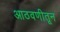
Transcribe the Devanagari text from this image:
आठवणीतून